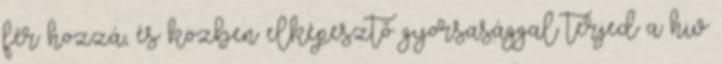
fér hozzá, és közben elképesztő gyorsasággal terjed a hiv